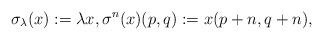
LaTeX: \begin{align*} \sigma_\lambda(x) := \lambda x, \sigma^n(x)(p,q) := x(p+n, q+n),\end{align*}